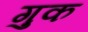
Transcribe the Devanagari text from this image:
गुक